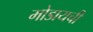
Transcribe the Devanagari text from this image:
मोडायची